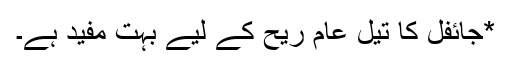
*جائفل کا تیل عام ریح کے لیے بہت مفید ہے۔